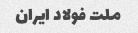
ملت فولاد ایران